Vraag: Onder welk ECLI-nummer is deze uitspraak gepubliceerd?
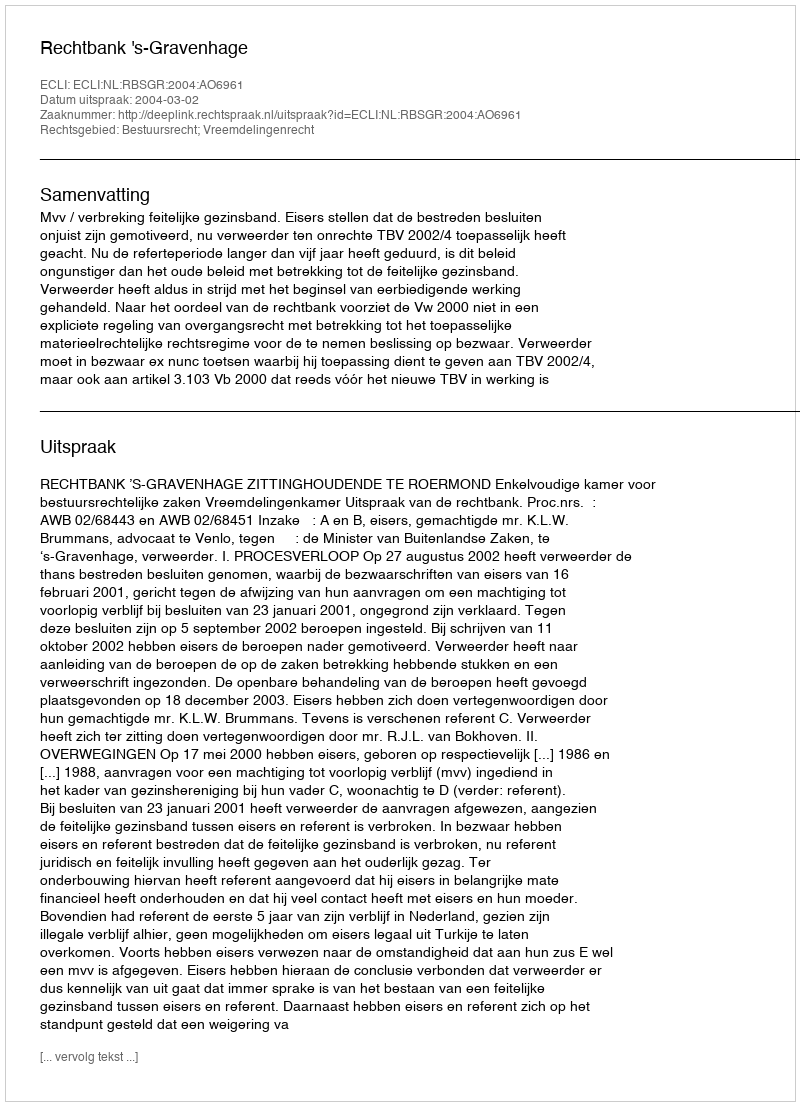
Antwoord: ECLI:NL:RBSGR:2004:AO6961